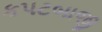
કપટબાજી